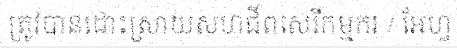
ត្រូវបានដោះស្រាយសហជីពសេរីកម្មករ / អែហ្វ